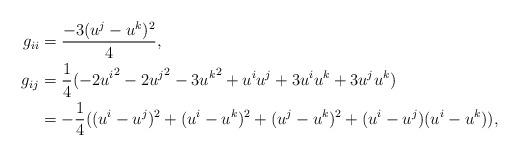
LaTeX: \begin{align*} g_{ii} & = \frac{-3(u^j-u^k)^2}{4}, \\ g_{ij} & = \frac{1}{4}(-2{u^i}^2-2{u^j}^2-3{u^k}^2 +u^iu^j+3u^iu^k+3u^ju^k) \\ & = -\frac{1}{4}((u^i-u^j)^2 + (u^i-u^k)^2 + (u^j-u^k)^2 + (u^i-u^j)(u^i-u^k)),\end{align*}